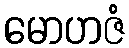
မောဟဇံ